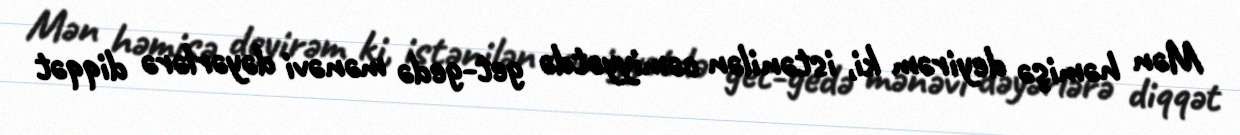
Mən həmişə deyirəm ki, istənilən cəmiyyətdə get-gedə mənəvi dəyərlərə diqqət